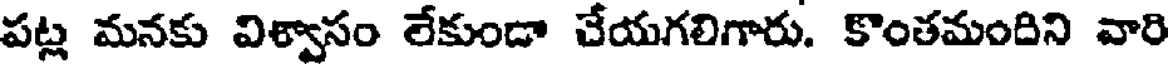
పట్ల మనకు విశ్వాసం లేకుండా చేయగలిగారు. కొంతమందిని వారి